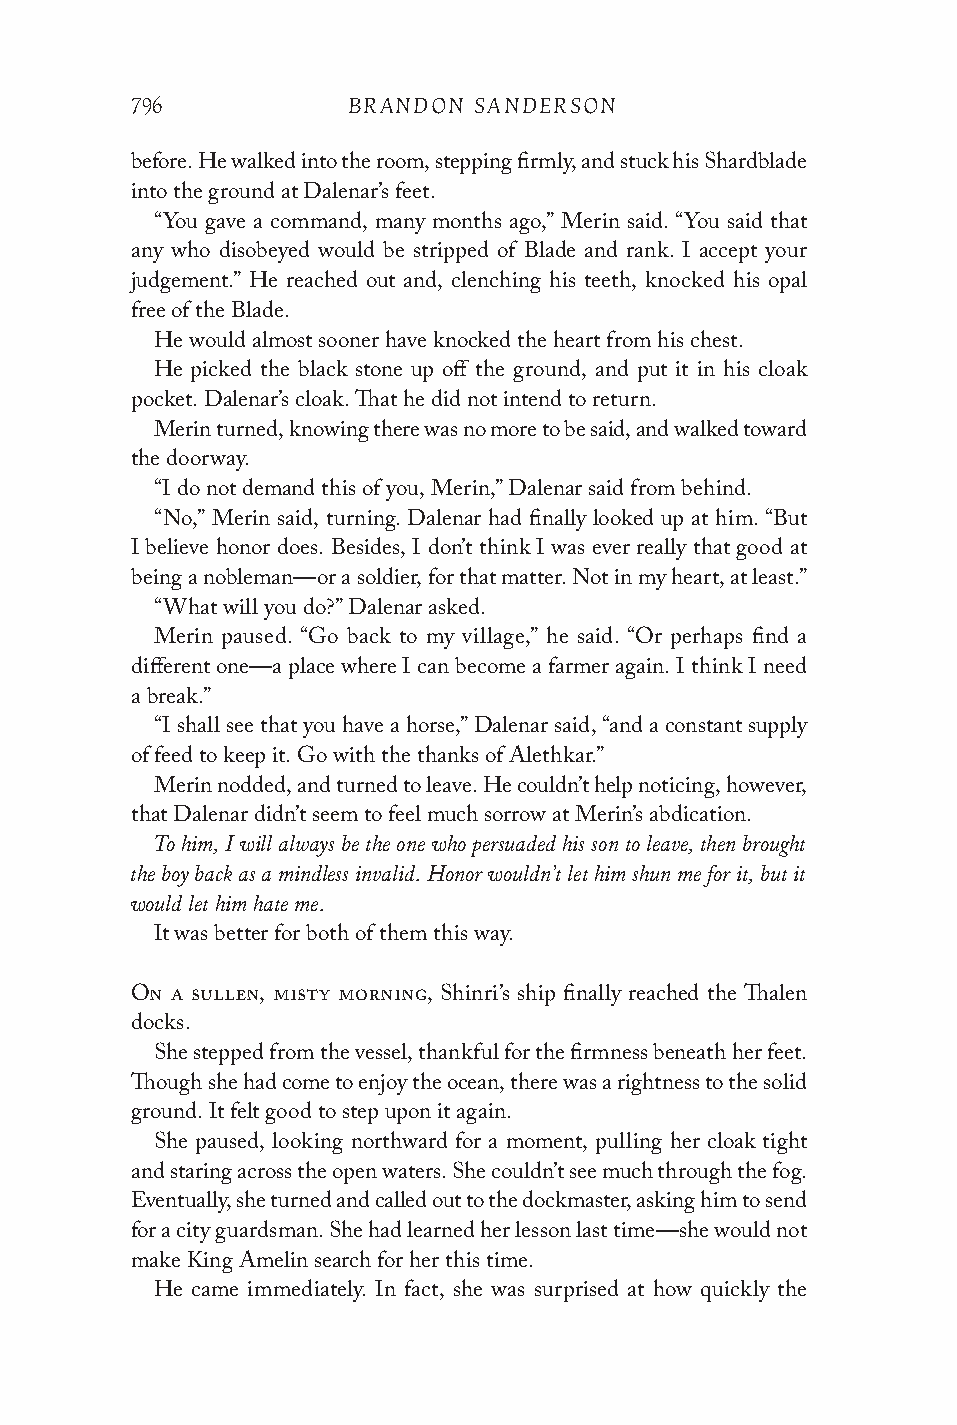
796           BRANDON SANDERSON
 before. He walked into the room, stepping firmly, and stuck his Shardblade
 into the ground at Dalenar’s feet.
 “You gave a command, many months ago,” Merin said. “You said that
 any who disobeyed would be stripped of Blade and rank. I accept your
 judgement.” He reached out and, clenching his teeth, knocked his opal
 free of the Blade.
 He would almost sooner have knocked the heart from his chest.
 He picked the black stone up off the ground, and put it in his cloak
 pocket. Dalenar’s cloak. That he did not intend to return.
 Merin turned, knowing there was no more to be said, and walked toward
 the doorway.
 “I do not demand this of you, Merin,” Dalenar said from behind.
 “No,” Merin said, turning. Dalenar had finally looked up at him. “But
 I believe honor does. Besides, I don’t think I was ever really that good at
 being a nobleman—or a soldier, for that matter. Not in my heart, at least.”
 “What will you do?” Dalenar asked.
 Merin paused. “Go back to my village,” he said. “Or perhaps find a
 different one—a place where I can become a farmer again. I think I need
 a break.”
 “I shall see that you have a horse,” Dalenar said, “and a constant supply
 of feed to keep it. Go with the thanks of Alethkar.”
 Merin nodded, and turned to leave. He couldn’t help noticing, however,
 that Dalenar didn’t seem to feel much sorrow at Merin’s abdication.
 To him, I will always be the one who persuaded his son to leave, then brought
 the boy back as a mindless invalid. Honor wouldn’t let him shun me for it, but it
 would let him hate me.
 It was better for both of them this way.
 On a sullen, misty morning, Shinri’s ship finally reached the Thalen
 docks.
 She stepped from the vessel, thankful for the firmness beneath her feet.
 Though she had come to enjoy the ocean, there was a rightness to the solid
 ground. It felt good to step upon it again.
 She paused, looking northward for a moment, pulling her cloak tight
 and staring across the open waters. She couldn’t see much through the fog.
 Eventually, she turned and called out to the dockmaster, asking him to send
 for a city guardsman. She had learned her lesson last time—she would not
 make King Amelin search for her this time.
 He came immediately. In fact, she was surprised at how quickly the